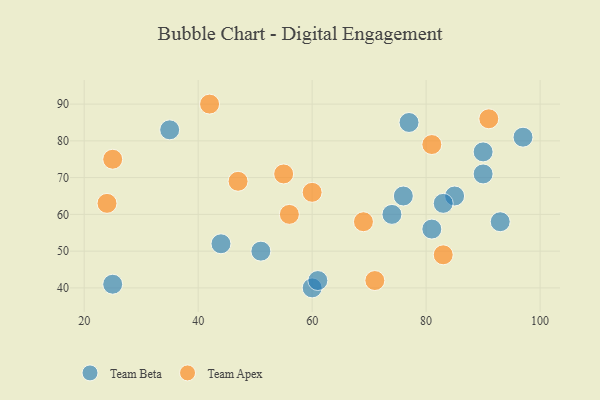
{"axis": {"x": "GDP", "y": "Life Expectancy"}, "legend": ["Team Apex", "Team Beta"], "data": [{"x": "60", "y": 40, "type": "Team Beta"}, {"x": "93", "y": 58, "type": "Team Beta"}, {"x": "35", "y": 83, "type": "Team Beta"}, {"x": "90", "y": 71, "type": "Team Beta"}, {"x": "85", "y": 65, "type": "Team Beta"}, {"x": "61", "y": 42, "type": "Team Beta"}, {"x": "81", "y": 56, "type": "Team Beta"}, {"x": "44", "y": 52, "type": "Team Beta"}, {"x": "90", "y": 77, "type": "Team Beta"}, {"x": "74", "y": 60, "type": "Team Beta"}, {"x": "76", "y": 65, "type": "Team Beta"}, {"x": "77", "y": 85, "type": "Team Beta"}, {"x": "51", "y": 50, "type": "Team Beta"}, {"x": "25", "y": 41, "type": "Team Beta"}, {"x": "83", "y": 63, "type": "Team Beta"}, {"x": "97", "y": 81, "type": "Team Beta"}, {"x": "71", "y": 42, "type": "Team Apex"}, {"x": "25", "y": 75, "type": "Team Apex"}, {"x": "60", "y": 66, "type": "Team Apex"}, {"x": "47", "y": 69, "type": "Team Apex"}, {"x": "91", "y": 86, "type": "Team Apex"}, {"x": "56", "y": 60, "type": "Team Apex"}, {"x": "69", "y": 58, "type": "Team Apex"}, {"x": "55", "y": 71, "type": "Team Apex"}, {"x": "83", "y": 49, "type": "Team Apex"}, {"x": "24", "y": 63, "type": "Team Apex"}, {"x": "81", "y": 79, "type": "Team Apex"}, {"x": "42", "y": 90, "type": "Team Apex"}]}